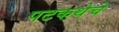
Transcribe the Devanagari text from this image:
पटकथेचे